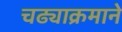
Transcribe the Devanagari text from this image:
चढ्याक्रमाने